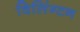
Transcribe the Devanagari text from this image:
विलिंग्टन